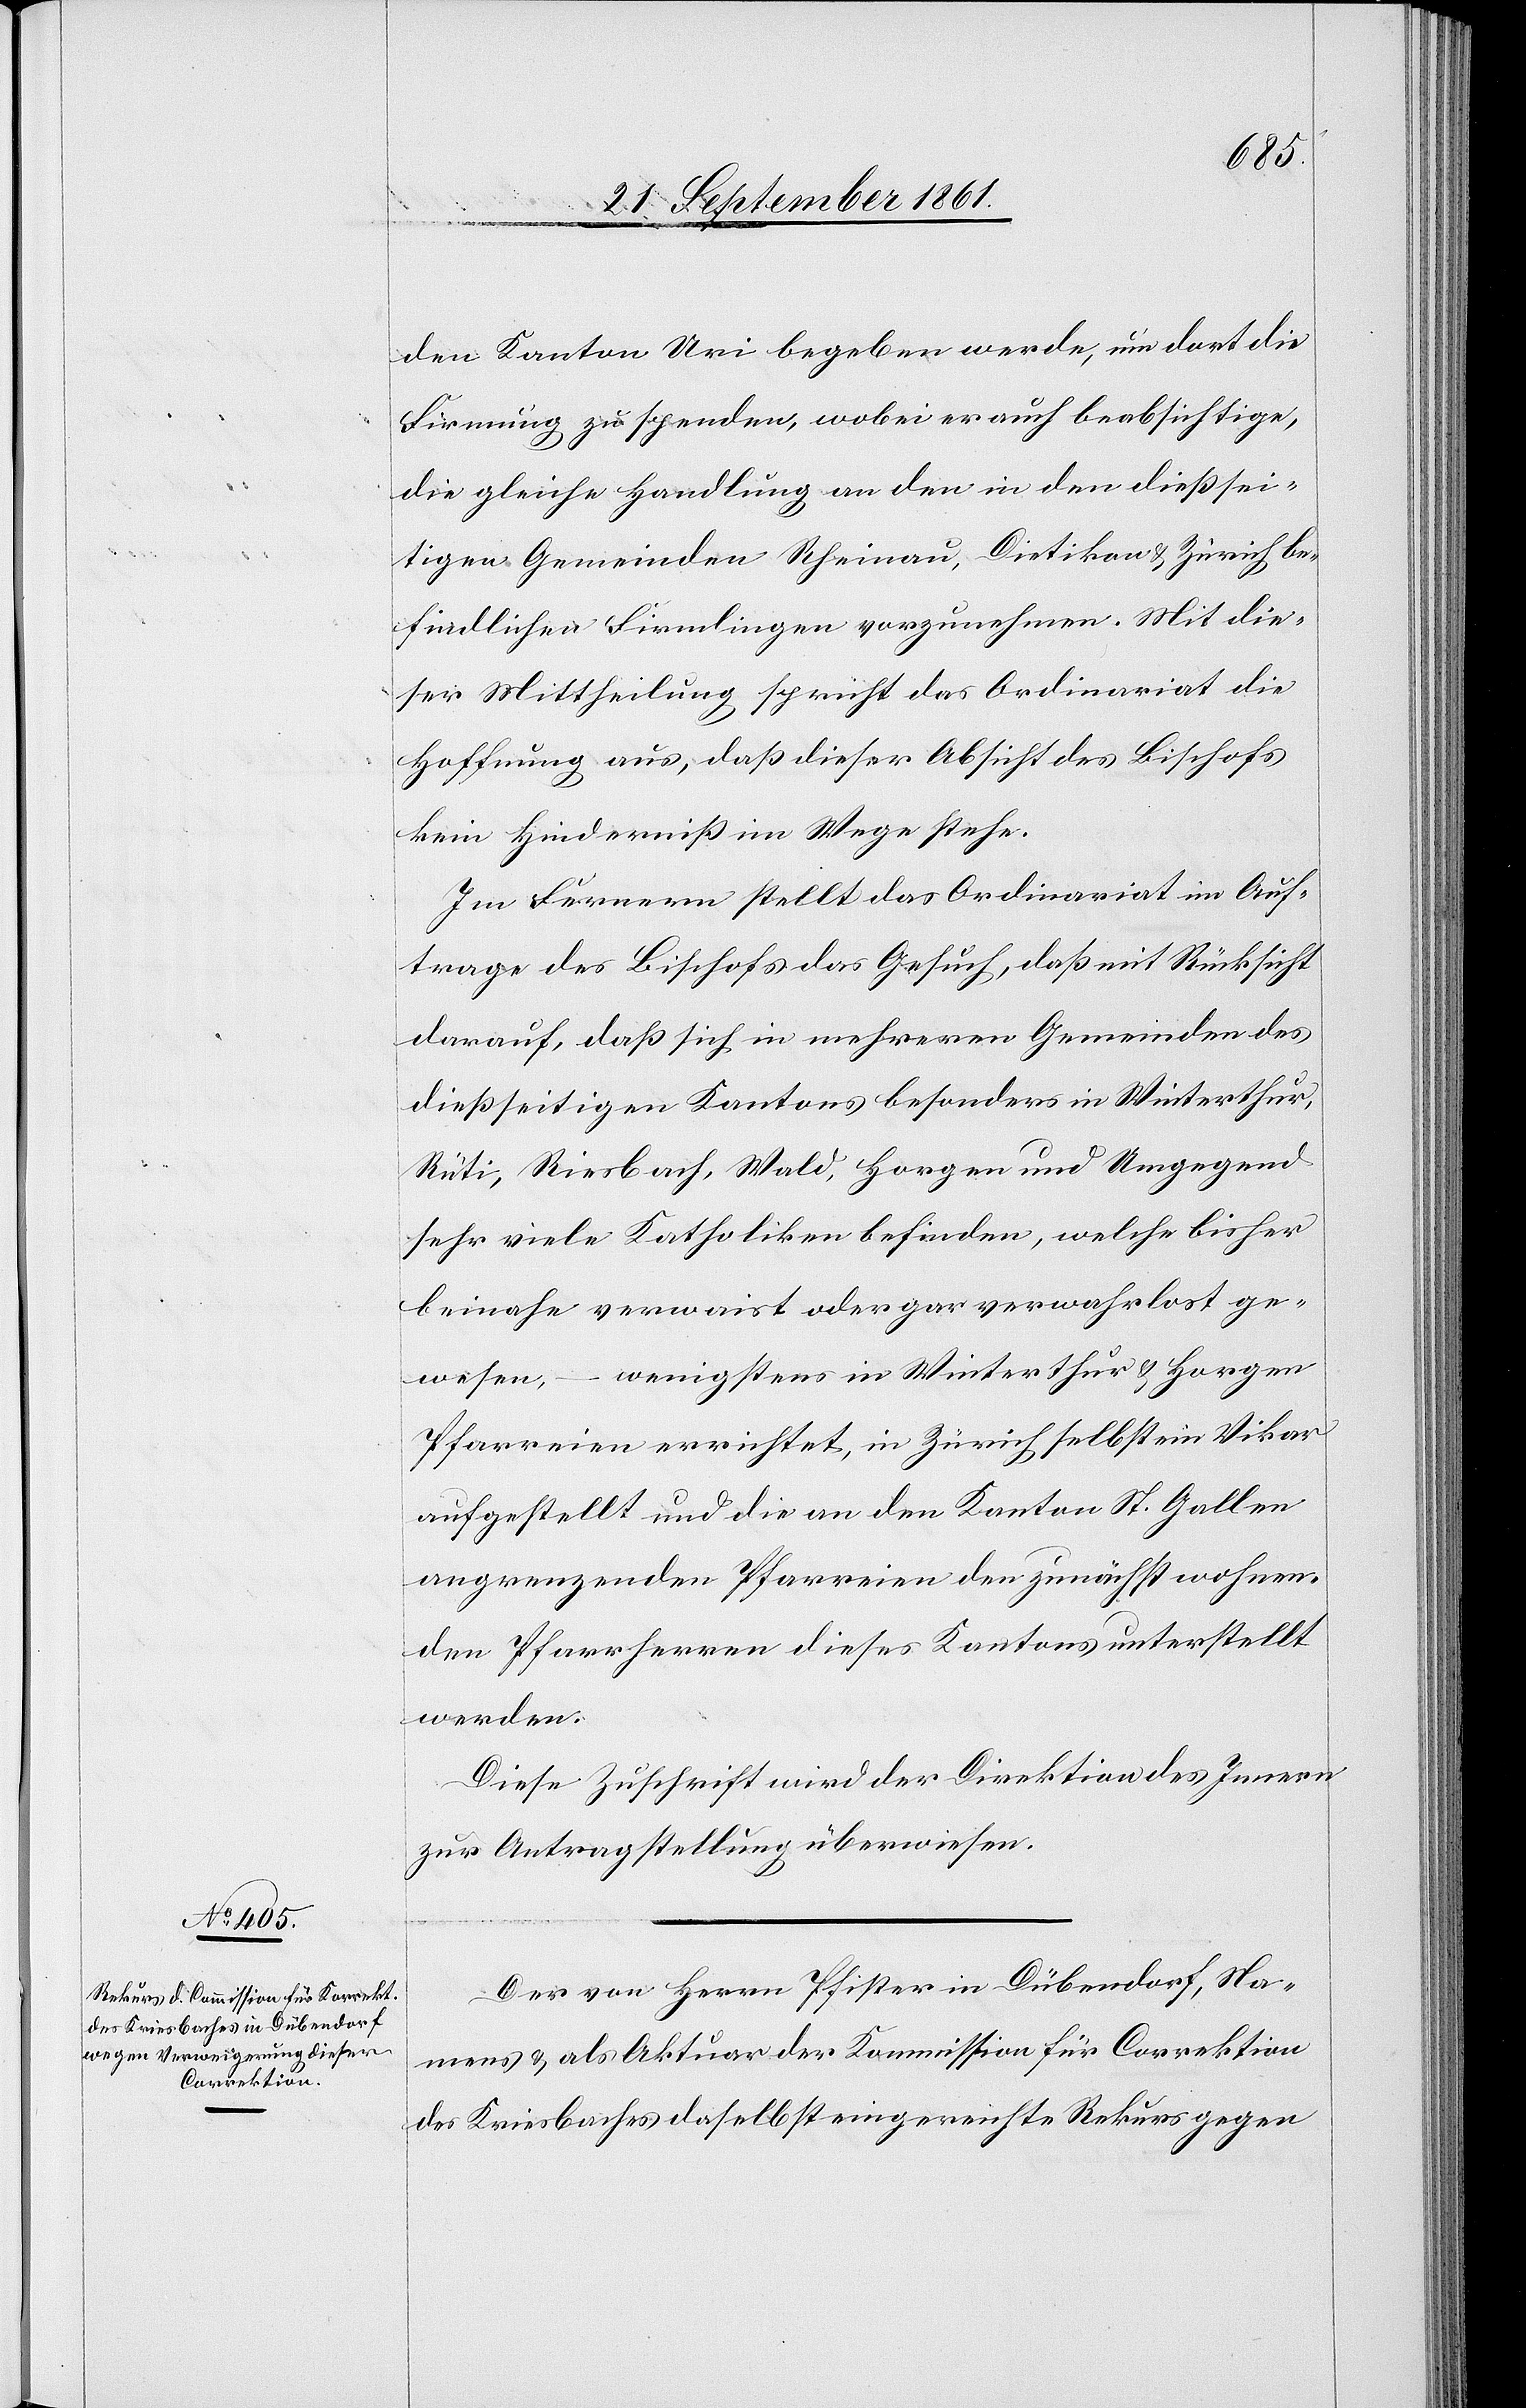
25 September 1861.]
den Kanton Uri begeben werde, um dort die
Firmung zugestanden, wobei er auch beabsichtige,
die gleiche Handlung an den in den dießsei¬
tigen Gemeinden Rheinau, Dietikon u. Zürich be¬
findlichen Firmlingen vorzunehmen. Mit die¬
ser Mittheilung spricht das Ordinariat die
Hoffnung aus, daß dieser Absicht des Bischofs
kein Hinderniß im Wege stehe.
Im Fernerm stellt das Ordinariat im Auf¬
trage des Bischofs das Gesuch, daß mit Rücksicht
darauf, daß sich in mehreren Gemeinden des
dießseitigen Kantons besonders in Winterthur,
Rüti, Riesbach, Wald, Horgen und Umgegend
sehr viele Katholiken befinden, welche bisher
beinahe verwaist oder gar verwahrlost ge¬
wesen, – wenigstens in Winterthur u. Horgen
Pfarreien errichtet, in Zürich selbst im Vikar
aufgestellt und die an den Kanton St. Gallen
angrenzenden Pfarreien den zunächst wohnen¬
den Pfarrherren dieses Kantons unterstellt
werden.
Diese Zuschrift wird der Direktion des Innern
zur Antragstellung überwiesen.
Der von Herrn Pfister in Dübendorf, Na¬
mens u. als Aktuar der Kommission für Correktion
des Kriesbaches daselbst eingereichte Rekurs gegen